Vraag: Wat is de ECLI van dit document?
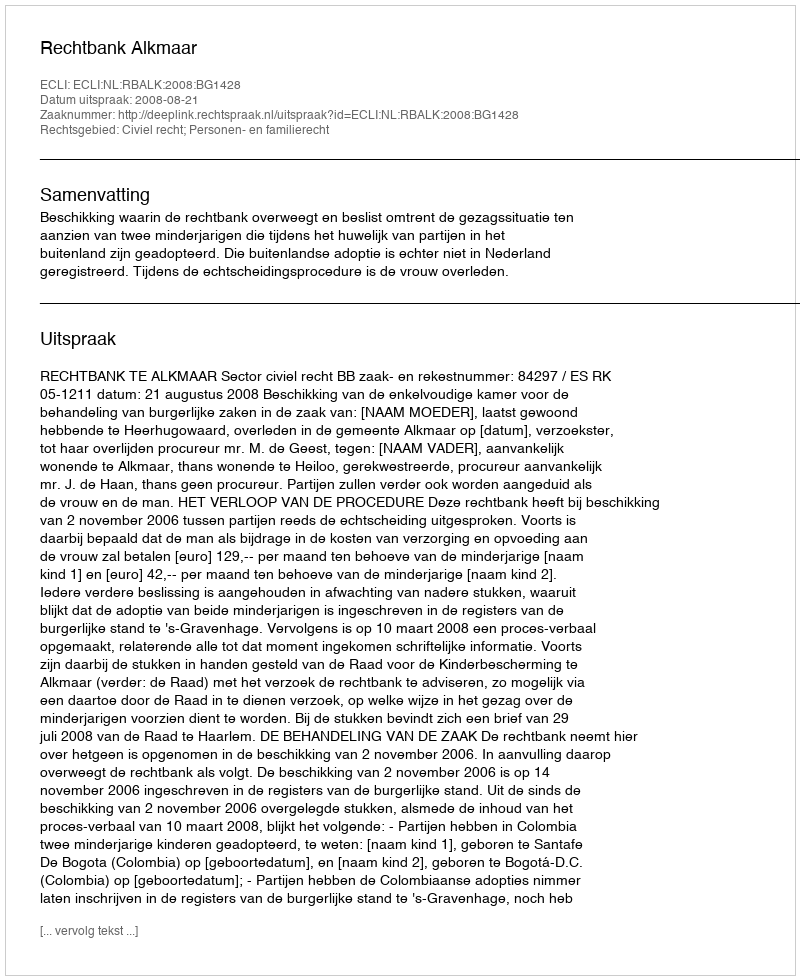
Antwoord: ECLI:NL:RBALK:2008:BG1428